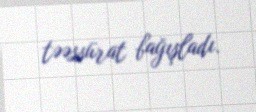
təəssürat bağışladı.